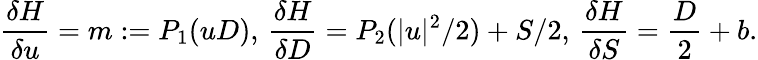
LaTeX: \frac{\delta H}{\delta u}=m:=P_{1}(uD),\, \frac{\delta H}{\delta D}=P_{2}(|u|^{2}/2)+S/2,\, \frac{\delta H}{\delta S}=\frac{D}{2}+b.